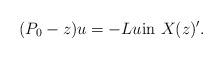
LaTeX: \begin{align*}(P_0-z)u=-Lu\mbox{in }X(z)'.\end{align*}